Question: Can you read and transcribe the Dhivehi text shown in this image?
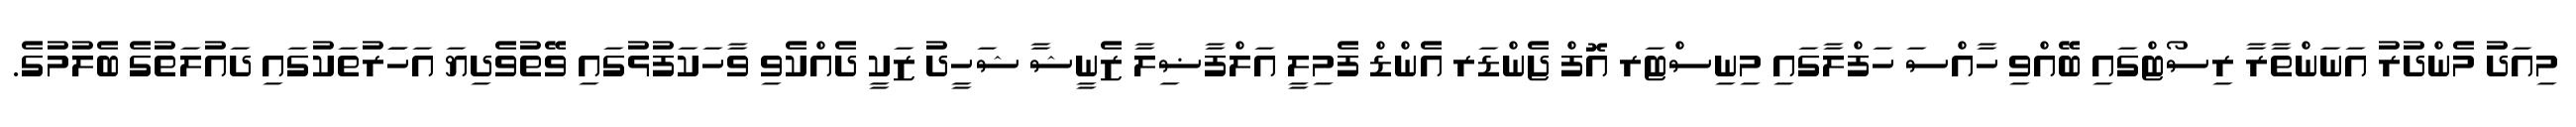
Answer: މިއަދު މެންދުރު އަނަންތާރާ ރިސޯޓްގައި ބޭއްވި ހާއްސަ ހަފްލާގައި މިނިސްޓަރ އޮފް ޖެންޑަރ އެންޑް ފެމިލީ އަލްފާޟިލާ ޒެނީޝާ ޝަހީދު ޒަކީ ދެއްކެވި ވާހަކަފުޅުގައި ވޭތުވެދިޔަ އަހަަރުތަކުގައި ދައުލަތުގެ ބެލުމުގެ.